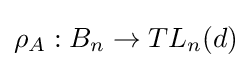
\rho _{A}:B_{n}\to TL_{n}(d)